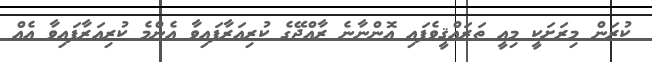
ކުރަން މިރަށަކީ މިއީ ތަރައްޤީވެފައި އޮންނާނެ ރާއްޖޭގެ ކުރިއަރާފައިވާ އެންމެ ކުރިއަރާފައިވާ އެއް